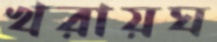
খরায়ঘ